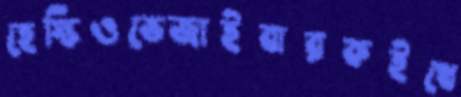
হেস্কিওভেজাইবারকইথে